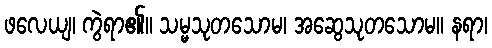
ဖလေယျ၊ ကွဲရာ၏။ သမ္မသုတသောမ၊ အဆွေသုတသောမ။ နရာ၊